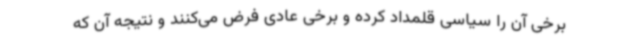
برخی آن را سیاسی قلمداد کرده و برخی عادی فرض می‌کنند و نتیجه آن که